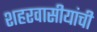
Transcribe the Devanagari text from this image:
शहरवासीयांची